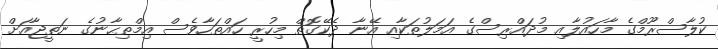
ކުލާސްރޫމްގެ މާހައުލާއި މުދައްރިސްގެ އަމަލުތަކާއި އޭނާ ދެކޭގޮތް މިހުރީ ހައްތަހާވެސް އިމްތިޙާނުގެ ނަތީޖާއަށް